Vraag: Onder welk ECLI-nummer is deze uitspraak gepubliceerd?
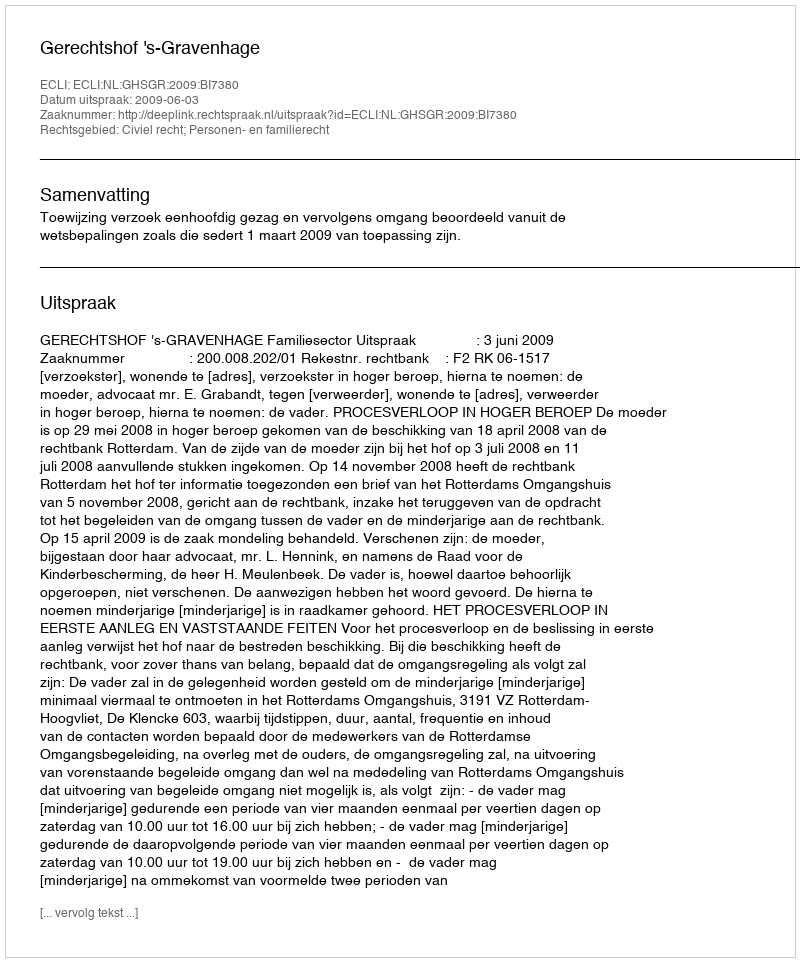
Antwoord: ECLI:NL:GHSGR:2009:BI7380